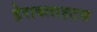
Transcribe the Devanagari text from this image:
हेराक्लाहटस